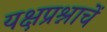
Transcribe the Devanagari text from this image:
यक्षप्रश्नाचें